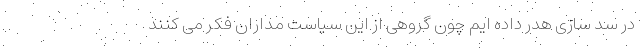
در سد سازی هدر داده ایم چون گروهی از این سیاست مداران فکر می کنند